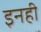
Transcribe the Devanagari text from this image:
इनही